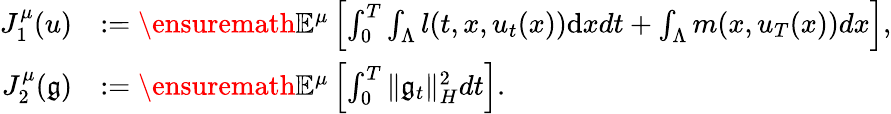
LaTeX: \begin{array}{rl}{J_{1}^{\mu}(u)}&{:=\ensuremath{{\mathbb E}}^{\mu}\left[\int_{0}^{T}\int_{\Lambda}l(t,x,u_{t}(x))\mathrm{d}xdt+\int_{\Lambda}m(x,u_{T}(x))dx\right],}\\ {J_{2}^{\mu}(\mathfrak{g})}&{:=\ensuremath{{\mathbb E}}^{\mu}\left[\int_{0}^{T}\| \mathfrak{g}_{t}\| _{H}^{2}dt\right].}\end{array}